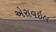
એરાવઇલ